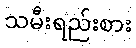
သမီးရည်းစား